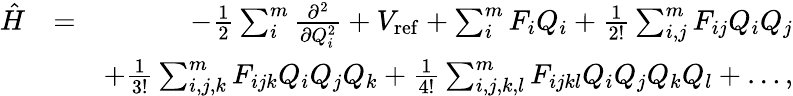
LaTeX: \begin{array}{rlr}{\hat{H}}&{=}&{-\frac{1}{2}\sum_{i}^{m}\frac{\partial^{2}}{\partial Q_{i}^{2}}+V_{\mathrm{ref}}+\sum_{i}^{m}F_{i}Q_{i}+\frac{1}{2!}\sum_{i,j}^{m}F_{ij}Q_{i}Q_{j}}\\ &{}&{+\frac{1}{3!}\sum_{i,j,k}^{m}F_{ijk}Q_{i}Q_{j}Q_{k}+\frac{1}{4!}\sum_{i,j,k,l}^{m}F_{ijkl}Q_{i}Q_{j}Q_{k}Q_{l}+\ldots,}\end{array}